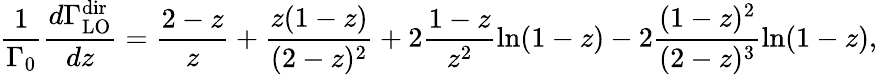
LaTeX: \frac 1{\Gamma_{0}}\frac{d\Gamma_{\mathrm{LO}}^{\mathrm{dir}}}{dz}=\frac{2-z}{z}+\frac{z(1-z)}{(2-z)^{2}}+2\frac{1-z}{z^{2}}\ln(1-z)-2\frac{(1-z)^{2}}{(2-z)^{3}}\ln(1-z),